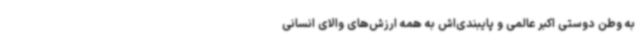
به وطن دوستی اکبر عالمی و پایبندی‌اش به همه ارزش‌های والای انسانی